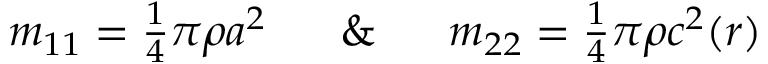
\begin{array} { r } { m _ { 1 1 } = \frac { 1 } { 4 } \pi \rho a ^ { 2 } \; \; \; \; \; \; \& \; \; \; \; \; \; m _ { 2 2 } = \frac { 1 } { 4 } \pi \rho c ^ { 2 } ( r ) } \end{array}